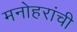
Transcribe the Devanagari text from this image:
मनोहरांची